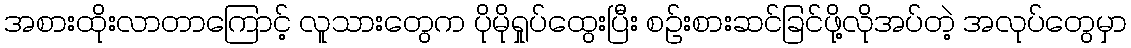
အစားထိုးလာတာကြောင့် လူသားတွေက ပိုမိုရှုပ်ထွေးပြီး စဥ်းစားဆင်ခြင်ဖို့လိုအပ်တဲ့ အလုပ်တွေမှာ